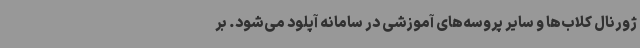
ژورنال کلاب‌ها و سایر پروسه‌های آموزشی در سامانه آپلود می‌شود. بر